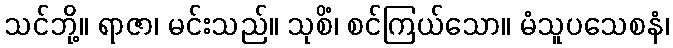
သင်ဘို့။ ရာဇာ၊ မင်းသည်။ သုစိံ၊ စင်ကြယ်သော။ မံသူပသေစနံ၊